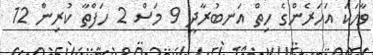
ވާހަކަ އަހަރެންގެ ހިތް އަނބުރާދީ 9 މަސް 2 ހަފްތާ ކުރިން 12